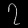
Digit: ၇